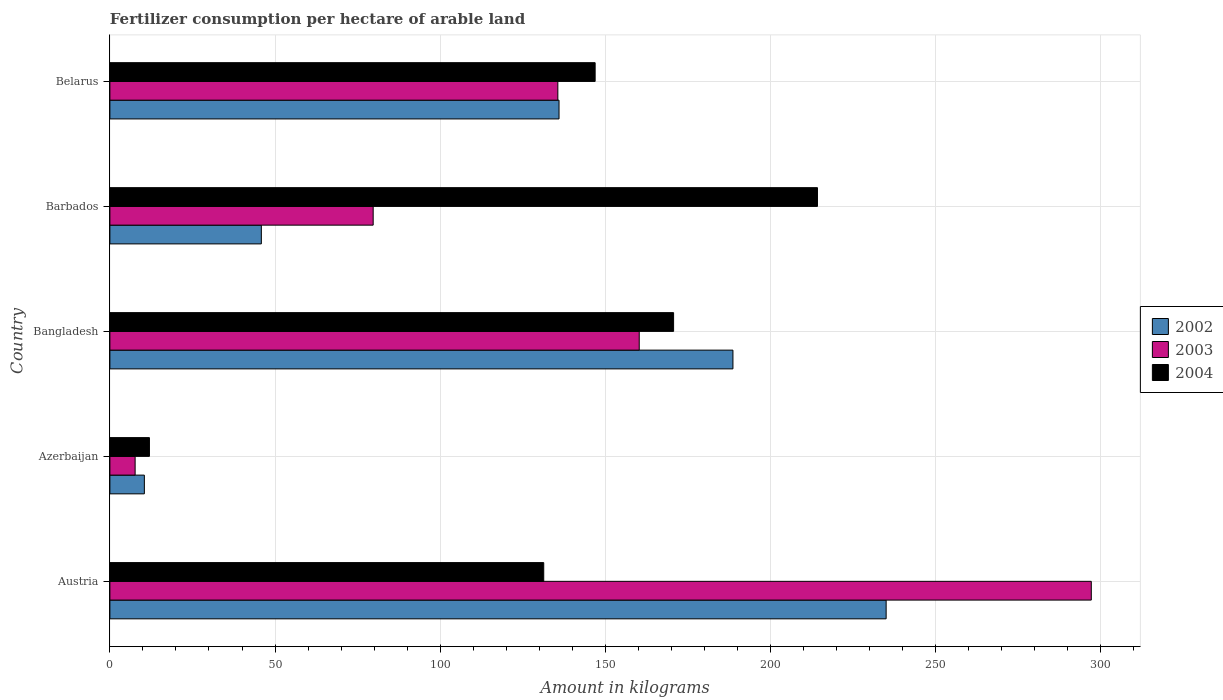
| Country | 2002 | 2003 | 2004 |
 | --- | --- | --- | --- |
 | Austria | 235 | 297 | 131 |
 | Azerbaijan | 10.4 | 7.64 | 12 |
 | Bangladesh | 189 | 160 | 171 |
 | Barbados | 45.9 | 79.7 | 214 |
 | Belarus | 136 | 136 | 147 |